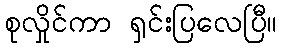
စုလှိုင်ကာ ရှင်းပြလေပြီ။